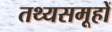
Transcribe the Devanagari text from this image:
तथ्यसमूहों